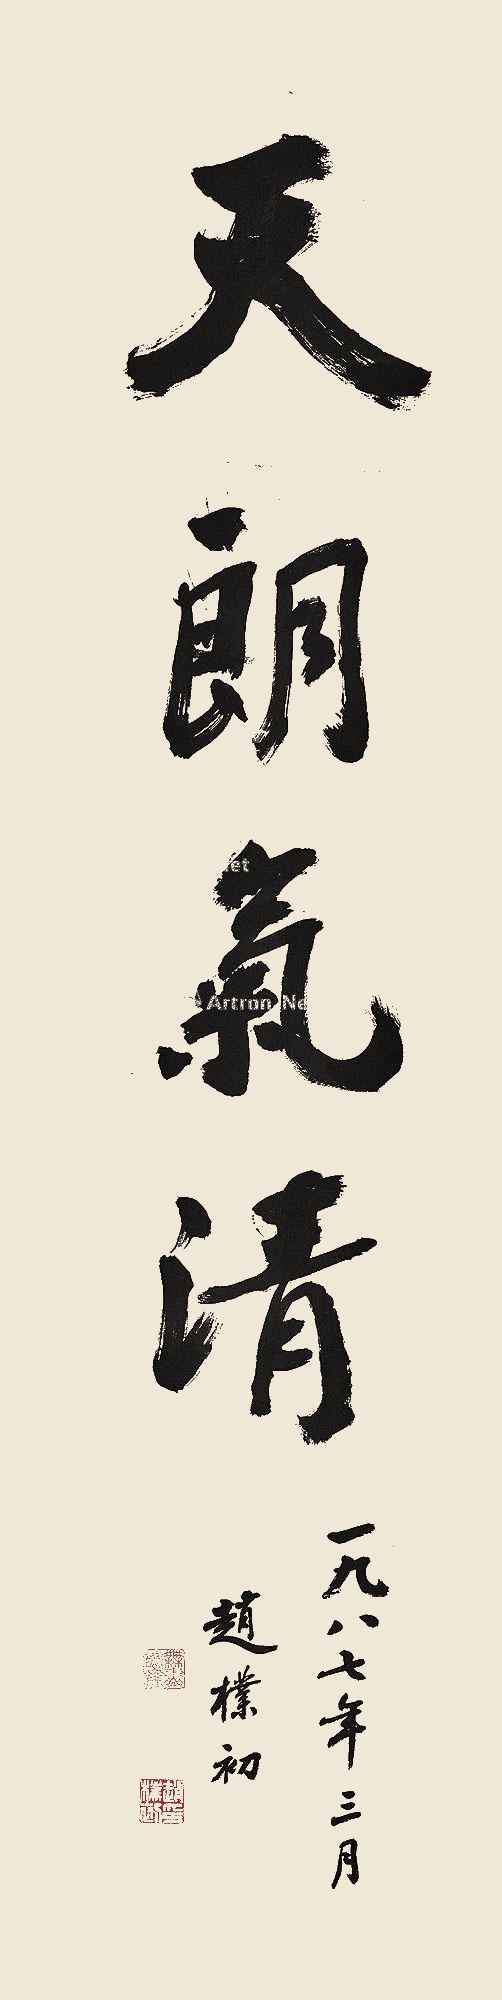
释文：天朗气清。一九八七年三月赵朴初。